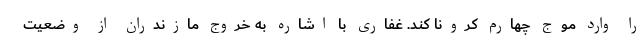
را وارد موج چهارم کرونا کند. غفاری با اشاره به خروج مازندران از وضعیت